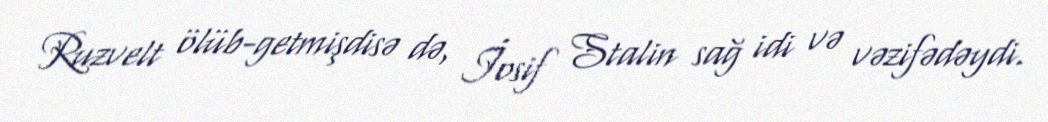
Ruzvelt ölüb-getmişdisə də, İosif Stalin sağ idi və vəzifədəydi.